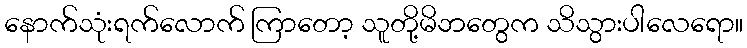
နောက်သုံးရက်လောက် ကြာတော့ သူတို့မိဘတွေက သိသွားပါလေရော။